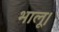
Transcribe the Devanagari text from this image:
भालू।